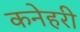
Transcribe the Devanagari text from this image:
कनेहरी